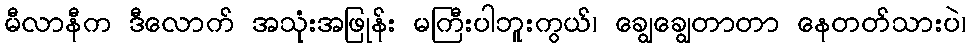
မီလာနီက ဒီလောက် အသုံးအဖြုန်း မကြီးပါဘူးကွယ်၊ ချွေချွေတာတာ နေတတ်သားပဲ၊